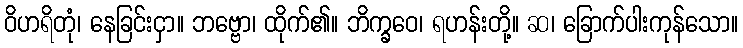
ဝိဟရိတုံ၊ နေခြင်းငှာ။ ဘဗ္ဗော၊ ထိုက်၏။ ဘိက္ခဝေ၊ ရဟန်းတို့။ ဆ၊ ခြောက်ပါးကုန်သော။